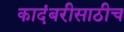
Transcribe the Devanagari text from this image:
कादंबरीसाठीच